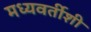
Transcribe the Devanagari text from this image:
मध्यवर्तीशी